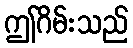
ဤဂိမ်းသည်